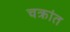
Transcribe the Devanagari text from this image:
चक्रांत